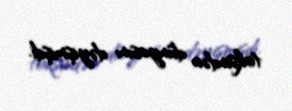
toksindən dünyasını dəyişmişdi.